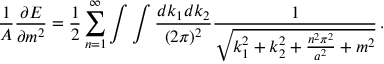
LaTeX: { \frac { 1 } { A } } { \frac { \partial { \cal E } } { \partial m ^ { 2 } } } = { \frac { 1 } { 2 } } \sum _ { n = 1 } ^ { \infty } \int \int { \frac { d k _ { 1 } d k _ { 2 } } { ( 2 \pi ) ^ { 2 } } } { \frac { 1 } { \sqrt { k _ { 1 } ^ { 2 } + k _ { 2 } ^ { 2 } + { \frac { n ^ { 2 } \pi ^ { 2 } } { a ^ { 2 } } } + m ^ { 2 } } } } \, .